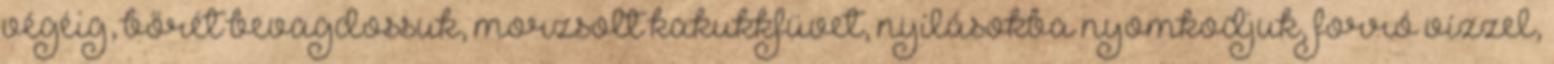
végéig, bőrét bevagdossuk, morzsolt kakukkfüvet, nyílásokba nyomkodjuk, forró vízzel,